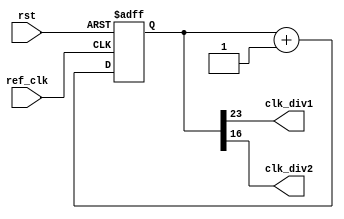
module clock_divider (
    output    wire     clk_div1, clk_div2,
    input     wire     ref_clk,
    input     wire     rst
);

reg    [31:0]    counter;

assign clk_div1 = counter[23];
assign clk_div2 = counter[16];


always @(posedge ref_clk or negedge rst)
    begin
        if (!rst)
            begin
                counter <= 32'b0;
            end
        else
            begin
                counter <= counter + 32'b1;
            end
    end
endmodule